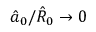
\hat { a } _ { 0 } / \hat { R } _ { 0 } \rightarrow 0